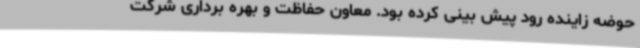
حوضه زاینده رود پیش بینی کرده بود. معاون حفاظت و بهره برداری شرکت